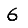
Digit: 6